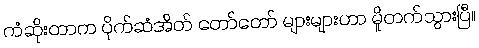
ကံဆိုးတာက ပိုက်ဆံအိတ် တော်တော် များများဟာ မှိုတက်သွားပြီ။